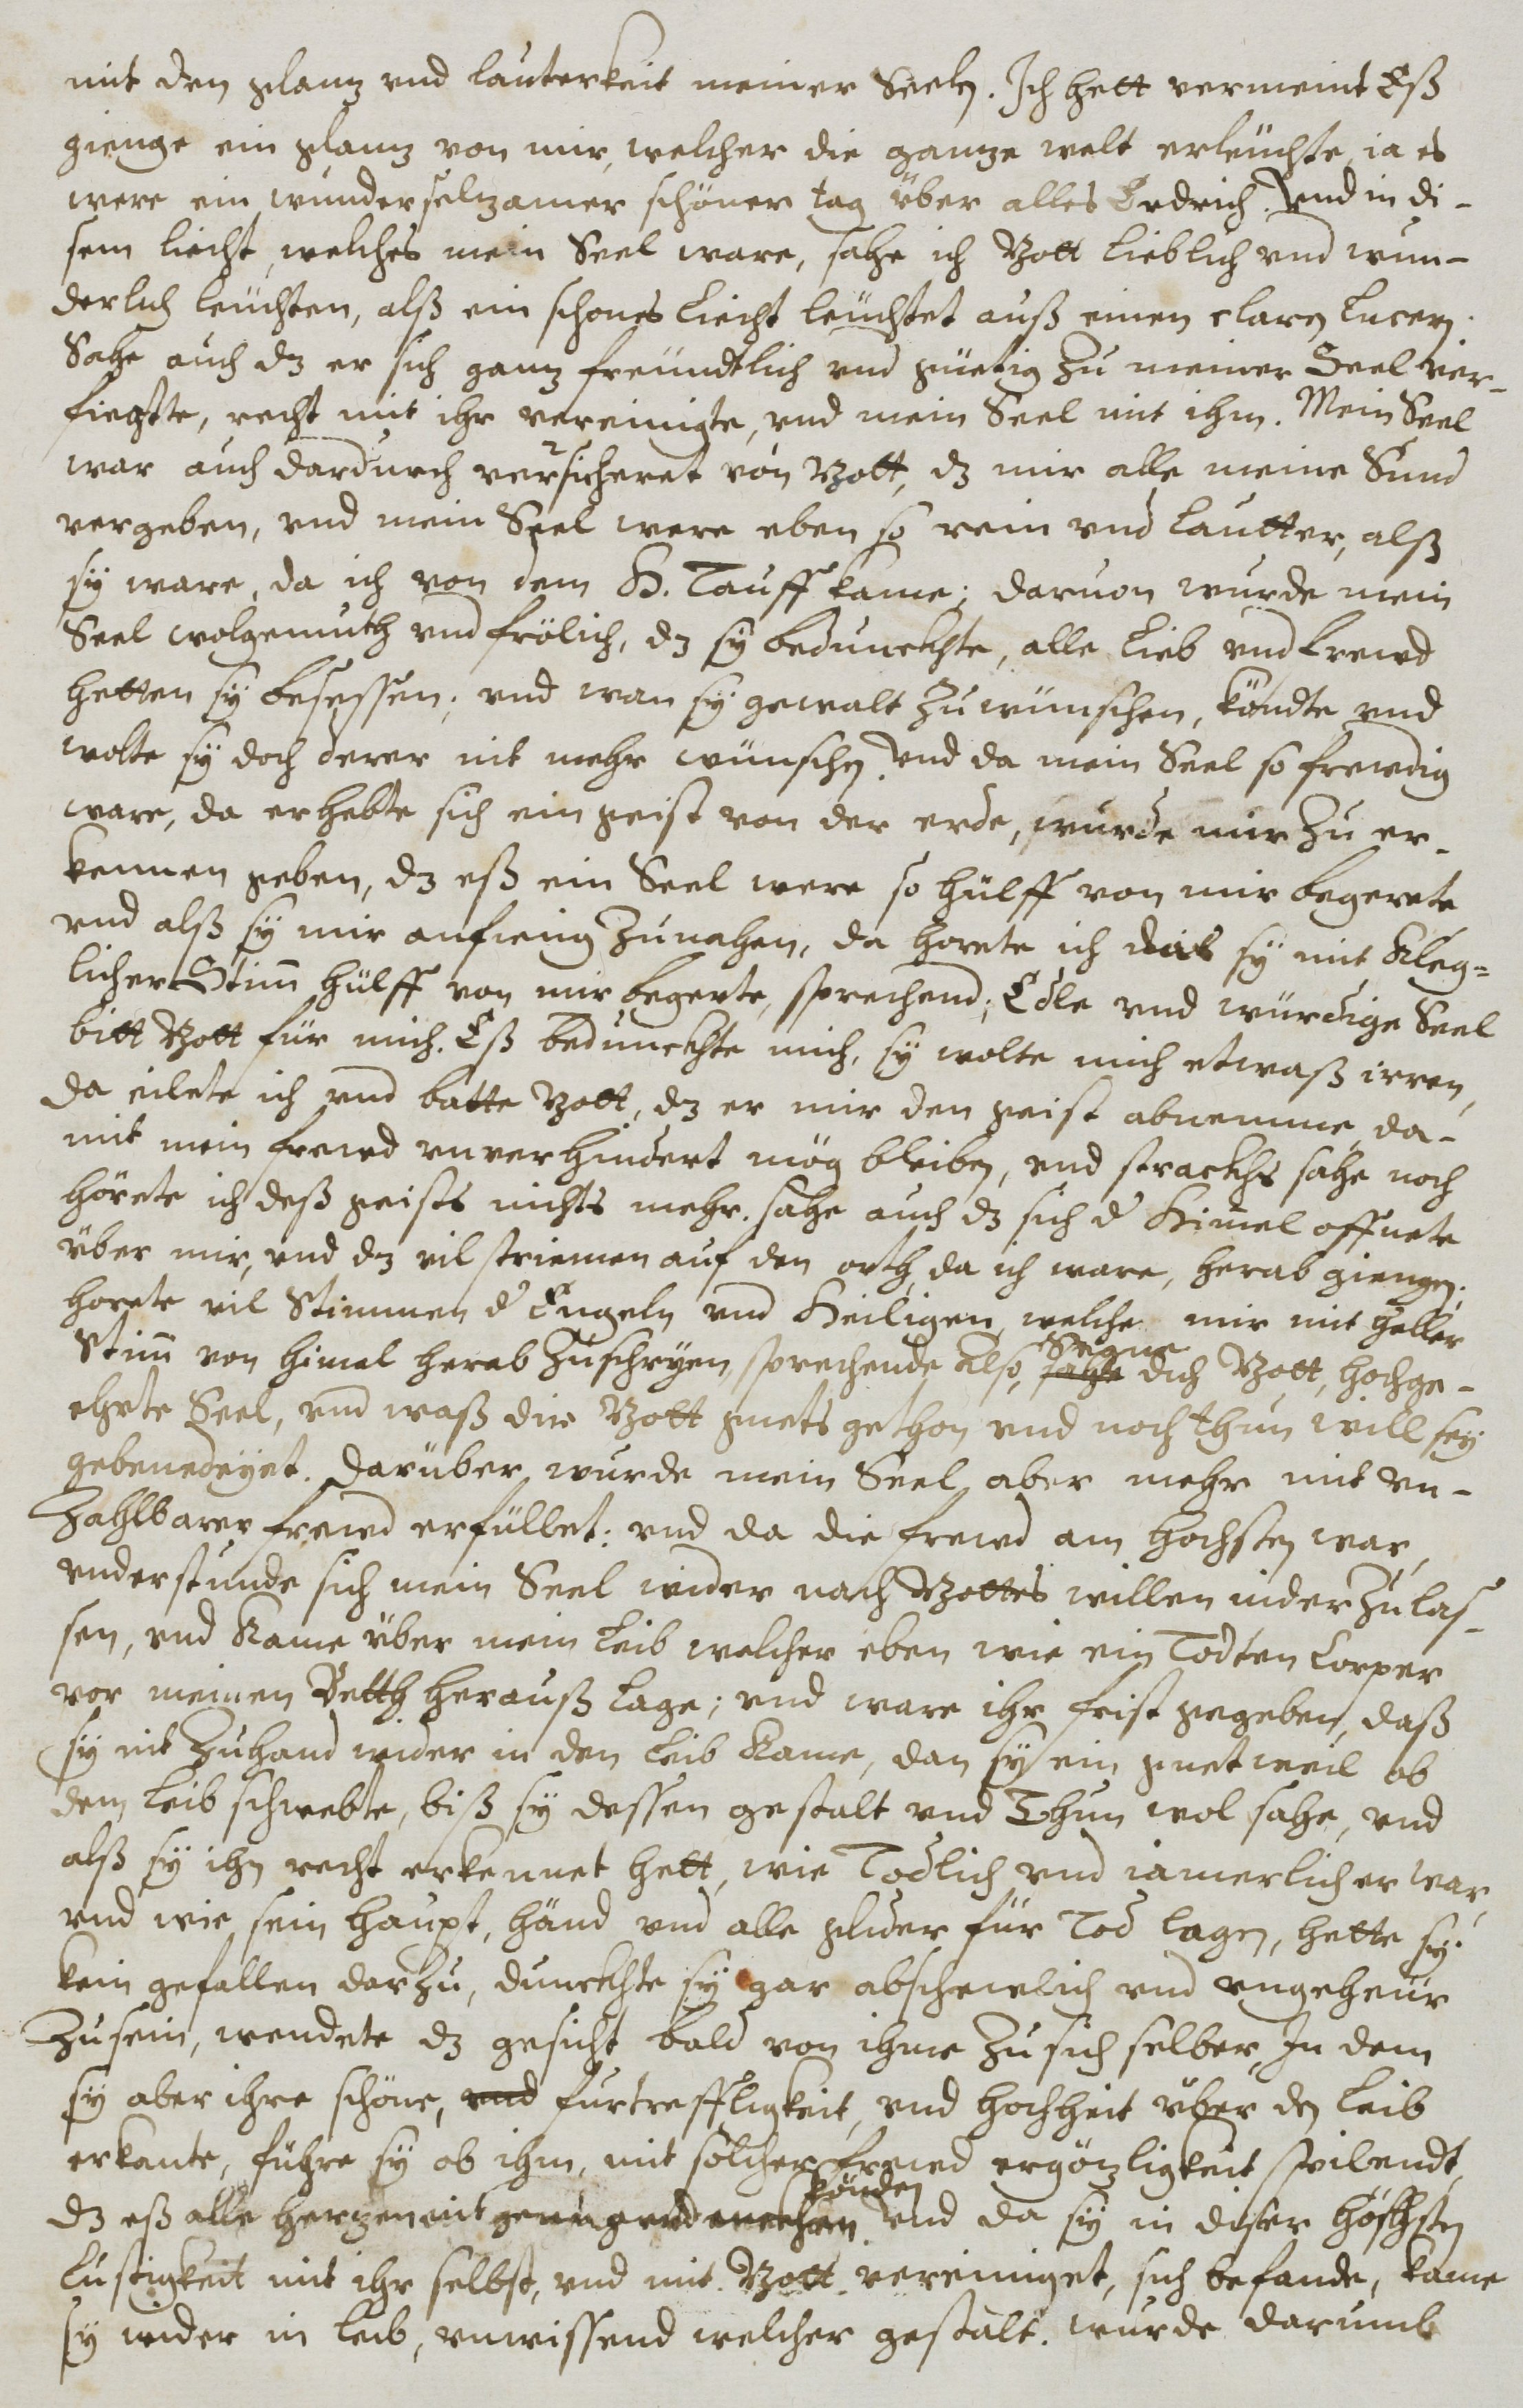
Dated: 1614–1638